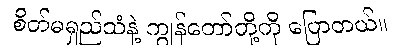
စိတ်မရှည်သံနဲ့ ကျွန်တော်တို့ကို ပြောတယ်။